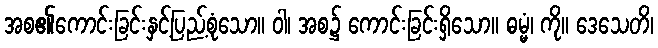
အစ၏ကောင်းခြင်းနှင့်ပြည့်စုံသော။ ဝါ၊ အစ၌ ကောင်းခြင်းရှိသော။ ဓမ္မံ၊ ကို။ ဒေသေတိ၊